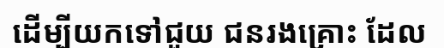
ដើម្បីយកទៅជួយ ជនរងគ្រោះ ដែល